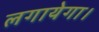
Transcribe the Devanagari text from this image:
लगायेगा।